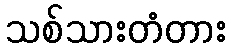
သစ်သားတံတား